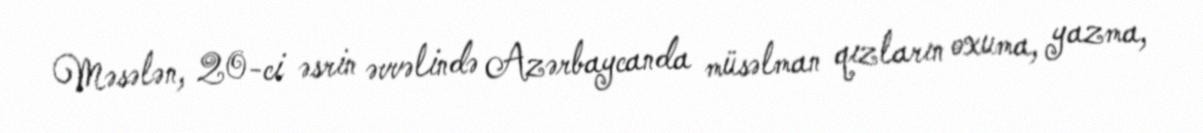
Məsələn, 20-ci əsrin əvvəlində Azərbaycanda müsəlman qızların oxuma, yazma,